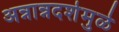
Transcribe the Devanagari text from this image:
अन्नान्नदशेमुळे